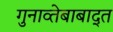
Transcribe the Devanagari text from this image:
गुनाव्तेबाबाद्त